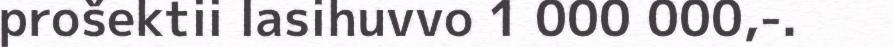
prošektii lasihuvvo 1 000 000,-.